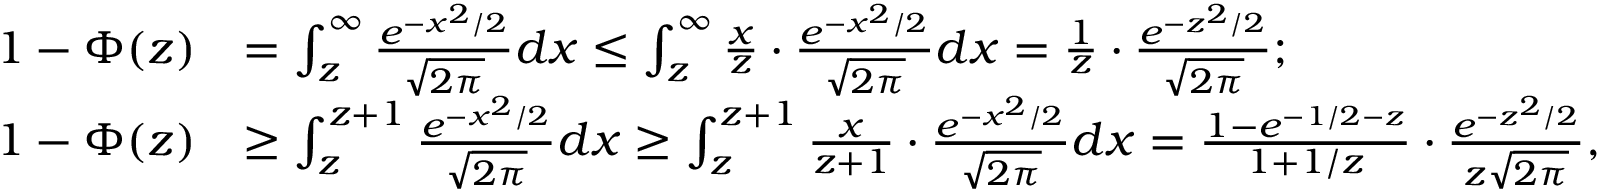
\begin{array} { r l } { 1 - \Phi ( z ) } & { = \int _ { z } ^ { \infty } \frac { e ^ { - x ^ { 2 } / 2 } } { \sqrt { 2 \pi } } d x \le \int _ { z } ^ { \infty } \frac { x } { z } \cdot \frac { e ^ { - x ^ { 2 } / 2 } } { \sqrt { 2 \pi } } d x = \frac 1 z \cdot \frac { e ^ { - z ^ { 2 } / 2 } } { \sqrt { 2 \pi } } ; } \\ { 1 - \Phi ( z ) } & { \ge \int _ { z } ^ { z + 1 } \frac { e ^ { - x ^ { 2 } / 2 } } { \sqrt { 2 \pi } } d x \ge \int _ { z } ^ { z + 1 } \frac { x } { z + 1 } \cdot \frac { e ^ { - x ^ { 2 } / 2 } } { \sqrt { 2 \pi } } d x = \frac { 1 - e ^ { - 1 / 2 - z } } { 1 + 1 / z } \cdot \frac { e ^ { - z ^ { 2 } / 2 } } { z \sqrt { 2 \pi } } , } \end{array}